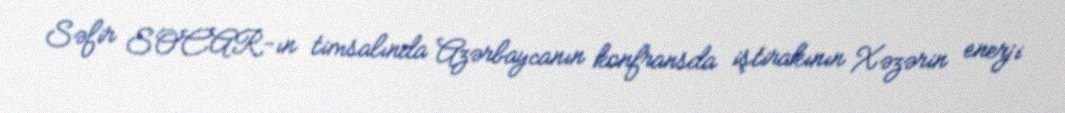
Səfir SOCAR-ın timsalında Azərbaycanın konfransda iştirakının Xəzərin enerji